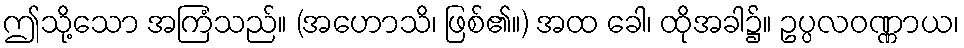
ဤသို့သော အကြံသည်။ (အဟောသိ၊ ဖြစ်၏။) အထ ခေါ၊ ထိုအခါ၌။ ဥပ္ပလဝဏ္ဏာယ၊